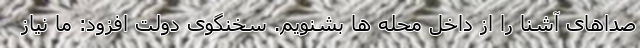
صداهای آشنا را از داخل محله ها بشنویم. سخنگوی دولت افزود: ما نیاز